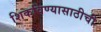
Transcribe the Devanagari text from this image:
शिकविण्यासाठीची